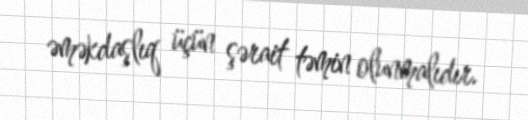
əməkdaşlıq üçün şərait təmin olunmalıdır.